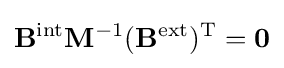
\mathbf {B} ^{\mathrm {int} }\mathbf {M} ^{-1}(\mathbf {B} ^{\mathrm {ext} })^{\mathrm {T} }=\mathbf {0}